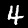
Digit: 4